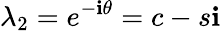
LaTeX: \lambda_{2}=e^{-\mathbf{i}\theta}=c-s\mathbf{i}